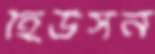
হিউসন